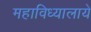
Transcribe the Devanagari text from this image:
महाविध्यालाये